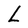
Character: L